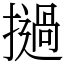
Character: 撾